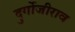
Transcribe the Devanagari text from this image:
दुर्गोजीराव